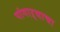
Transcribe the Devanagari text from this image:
पांगाऱ्याचा